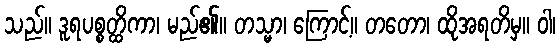
သည်။ ဒူရပစ္စတ္ထိကာ၊ မည်၏။ တသ္မာ၊ ကြောင့်။ တတော၊ ထိုအရတိမှ။ ဝါ၊